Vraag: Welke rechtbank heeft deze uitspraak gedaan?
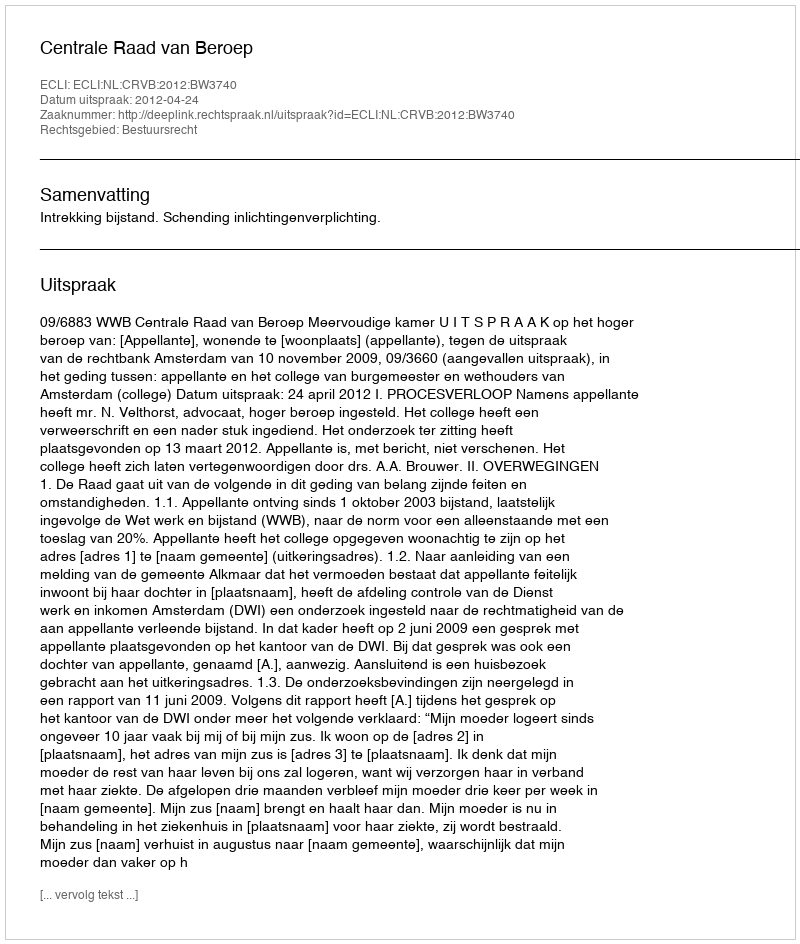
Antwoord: Centrale Raad van Beroep